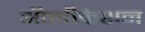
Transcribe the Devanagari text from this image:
ॲप्लीकेशन